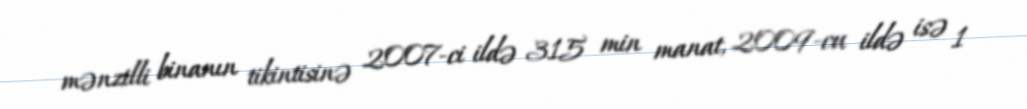
mənzilli binanın tikintisinə 2007-ci ildə 315 min manat, 2009-cu ildə isə 1